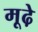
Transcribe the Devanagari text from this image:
मूढे़